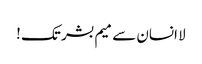
لا انسان سے میم بشر تک !